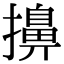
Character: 擤